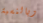
وبالنسبة